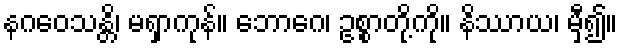
နဂဝေသန္တိ၊ မရှာကုန်။ ဘောဂေ၊ ဥစ္စာတို့ကို။ နိဿာယ၊ မှီ၍။